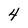
Character: 4